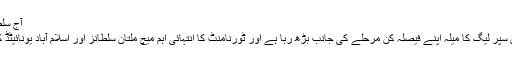
آج سلطانز یونائیٹڈ سے ٹکرائیں گے
ایمزٹی وی(اسپورٹس) پاکستان سپر لیگ کا میلہ اپنے فیصلہ کن مرحلے کی جانب بڑھ رہا ہے اور ٹورنامنٹ کا انتہائی اہم میچ ملتان سلطانز اور اسلام آباد یونائیٹڈ کے درمیان آج کھیلا جائے گا۔